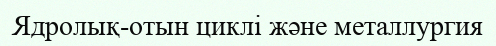
Ядролық-отын циклі және металлургия